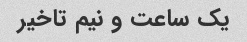
یک ساعت و نیم تاخیر